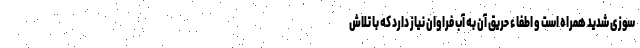
سوزی شدید همراه است و اطفاء حریق آن به آب فراوان نیاز دارد که با تلاش